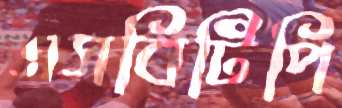
এসবিটিপি